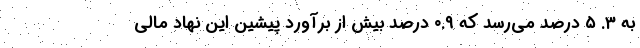
به ۳. ۵ درصد می‌رسد که ۰.۹ درصد بیش از برآورد پیشین این نهاد مالی